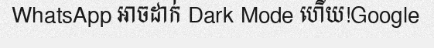
WhatsApp អាចដាក់ Dark Mode ហើយ!Google